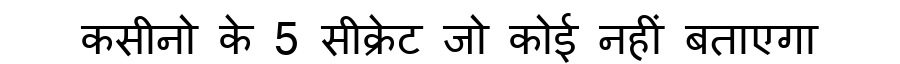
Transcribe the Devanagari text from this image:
कसीनो के 5 सीक्रेट जो कोई नहीं बताएगा